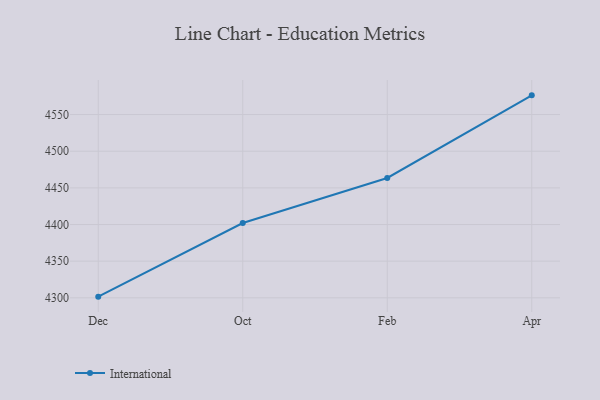
{"axis": {"x": "Month", "y": "Tickets Resolved"}, "legend": ["International"], "data": [{"x": "Dec", "y": 4301.6, "type": "International"}, {"x": "Oct", "y": 4402.0, "type": "International"}, {"x": "Feb", "y": 4463.5, "type": "International"}, {"x": "Apr", "y": 4576.2, "type": "International"}]}